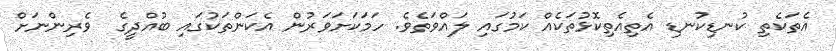
އެތަކެތި ކުނޑިކުނޑި އެތިއެތިކޮޅުތަކެއް ކަމުގައި ލައްވަތެވެ. ހަމަކަށަވަރުން އެކަންތަކުގައި ބުއްދީގެ  ވެރިންނަށް